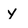
Character: y